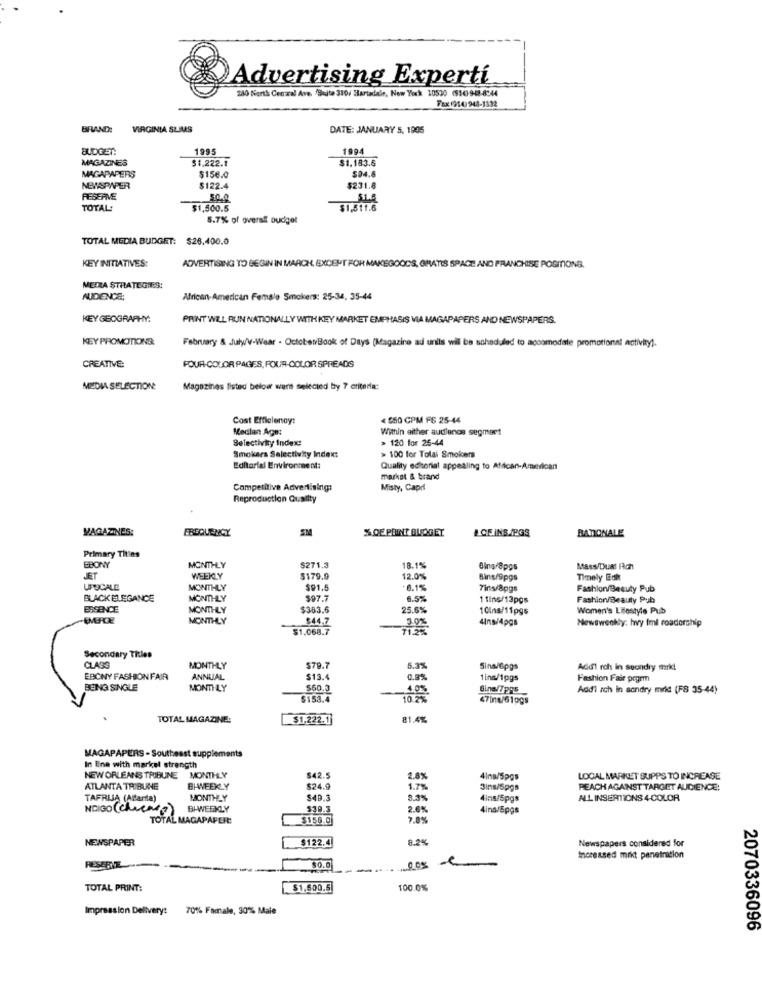
Advertising Experti
280 North Central Ave, Suite 310/ Sartadale, New York 10530 (11090-8-44
Fax (914) 943-1332
BRAND:
VIRGINIA SLIMS
DATE: JANUARY 5, 1005
BUDGET:
1995
1994
MAGAZINES
$1,222.1
$1.183.6
$04.6
MAGAPAPERS
$156.0
NEWSPAPER
$122.4
$231.8
RESERVE
SL.4
TOTAL:
$1,500.5
$1,511.6
5.7% of overall ouciget
TOTAL MEDIA BUDGET: $26.400.0
KEY INITIATIVES:
ADVERTISING TO BEGIN IN MARCH, EXCEPT FOR MAKEGOODS, GRATIS SPACE AND FRANCHISE POSITIONS.
MEZZA STRATEGIES:
AUDIENCE;
African-American Female Smokers: 25-34, 35-44
KEY GEOGRAPHY:
PRINT WILL RUN NATIONALLY WITH KEY MARKET EMPHASIS VIA MAGAPAPERS AND NEWSPAPERS.
KEY PROMOTIONS.
February & JulyV-Wear - OctoberBook of Days (Magazine ad unils wil be scheduled to accommodate promotionat activity).
CREATIVE
POUR-COLOR PAGES, FOUR-COLOR SPREADS
MEDIA SELECTION
Magazines listed below were selected by 7 criteria:
Cost Efficiency:
4 550 CPM FS 25-44
Medlast Age:
Within either audienos segmeet
Selectivity Index:
> 120 for 25-44
Smokers Selectivity Index:
> 100 for Tolal Smokers
Editorial Environment:
Quality editorial appealing to African-American
market & brand
Competitive Advertising:
Misty, Capr
Reproduction Quatity
MAGAZINES:
FREQUENCY
SM
%DE POINT BUDGET
LOEINS./PGS
BATIONALE
Primary Tities
EBONY
MONTHLY
$271.3
18.1%
Bins/8pgs
Mass/Dual Rich
JET
WEEKLY
$179.9
12.0%
Bing/@pgs
Timely Edit
UPUCALE
MONTHLY
$91.5
6.1%
7ins/8pgs
Fashion/Beauty Pub
BLACK ELEGANCE
MONTHLY
$97.7
6.5%
1 tine/13pgs
Fashion/Beauty Pub
ESSENCE
MONTHLY
$383.6
25.6%
10lns/11pgs
Women's Lifestyle Pub
-EMERCE
MONTHLY
$44,7
4Ins/4pgs
Newsweekly: hvy imi roadership
$1.068.7
Secondary Titles
CLASS
MONTHLY
$79.7
5.3%
Sina/Gpgs
Add1 rch in seondry markt
EBONY FASHION FAIR
ANNUAL
$13.4
1ins/1pgs
Fashion Fair pogrm
BEING SINGLE
MONTHLY
$60.3
4.05
Gine/7pps
Addi ich in sondry mrid (F8 35-44)
$153.4
47ing/61ogs
TOTAL MAGAZINE:
$1.222.1
81.4%
MAGAPAPERS - Southeast supplements
In Ene with markel strength
NEW ORLEANS TRIBUNE MONTHLY
$42.5
2.8%
4lng/5pgs
LOCAL MARKET SUPPS TO INCREASE
ATLANTA TRIBUNE
BIWEEKLY
$24.9
1.7%
3ins/5pga
PEACH AGAINST TARGET AUDIENCE:
TAFRLIA (Alarla)
MONTHLY
$49.3
8.3%
4ins/5pgs
ALL INSERTIONS 4-COLOR
NDIGO (Chuene?)
BI-WEEKLY
$39.3
2.6%
4ins/Spgs
TOTAL MAGAPAPER:
$156.0
7.0%
NEWSPAPER
$122.4
8.2%
Newspapers considered for
Increased mrkt penetration
RESERVE
$0.0
005
TOTAL PRINT:
$1,500.5
100.0%
Impression Delivery: 70% Famale, 30% Male
2070336096